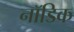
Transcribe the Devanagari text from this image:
नॉडिक